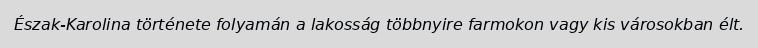
Észak-Karolina története folyamán a lakosság többnyire farmokon vagy kis városokban élt.